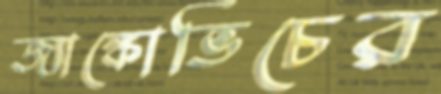
জ্যাঙ্কোভিচের